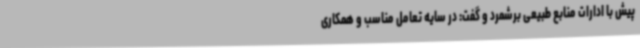
پیش با ادارات منابع طبیعی برشمرد و گفت: در سایه تعامل مناسب و همکاری